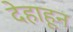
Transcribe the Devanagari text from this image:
देहाहून